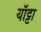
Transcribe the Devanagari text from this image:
यॉट्टा